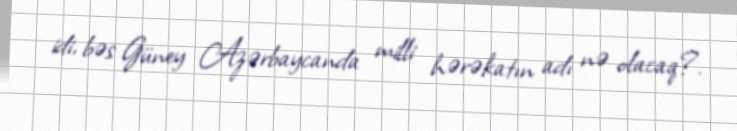
idi, bəs Güney Azərbaycanda milli hərəkatın adı nə olacaq?.